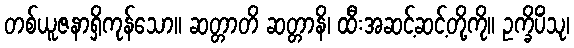
တစ်ယူဇနာရှိကုန်သော။ ဆတ္တာတိ ဆတ္တာနိ၊ ထီးအဆင့်ဆင့်တို့ကို။ ဥက္ခိပိံသု၊